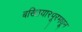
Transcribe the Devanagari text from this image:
बख्तियारपूरमधून